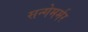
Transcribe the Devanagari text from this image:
सन्गेमर्मर